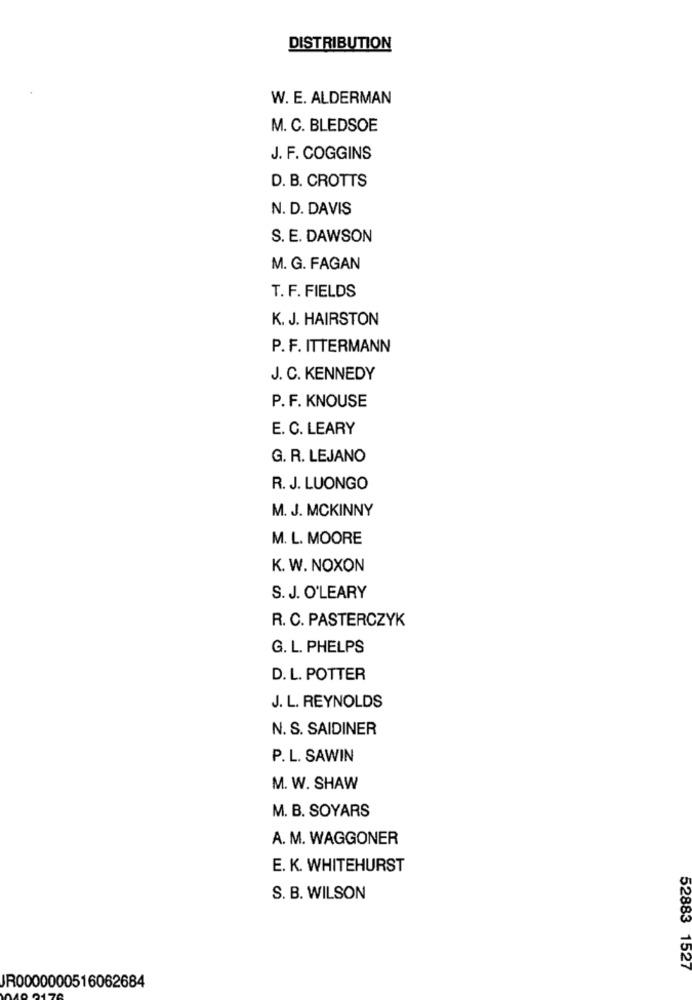
DISTRIBUTION
W. E. ALDERMAN
M. C. BLEDSOE
J. F. COGGINS
D. B. CROTTS
N. D. DAVIS
S. E. DAWSON
M. G. FAGAN
T. F. FIELDS
K. J. HAIRSTON
P. F. ITTERMANN
J. C. KENNEDY
P. F. KNOUSE
E. C. LEARY
G. R. LEJANO
R. J. LUONGO
M. J. MCKINNY
M. L. MOORE
K. W. NOXON
S. J. O'LEARY
R. C. PASTERCZYK
G. L. PHELPS
D. L. POTTER
J. L. REYNOLDS
N. S. SAIDINER
P. L. SAWIN
M. W. SHAW
M. B. SOYARS
A. M. WAGGONER
E. K. WHITEHURST
S. B. WILSON
52883 1527
JR0000000516062684